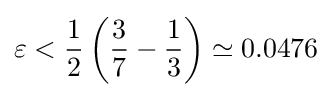
\varepsilon <{\frac {1}{2}}\left({\frac {3}{7}}-{\frac {1}{3}}\right)\simeq 0.0476